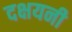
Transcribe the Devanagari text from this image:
दक्षयनी